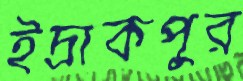
ইদ্রাকপুর